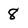
Character: 8